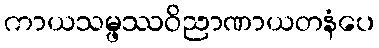
ကာယသမ္ဖဿဝိညာဏာယတနံပေ